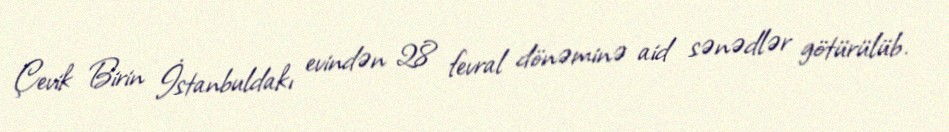
Çevik Birin İstanbuldakı evindən 28 fevral dönəminə aid sənədlər götürülüb.